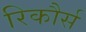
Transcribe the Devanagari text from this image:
रिकौर्स